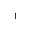
^ 1